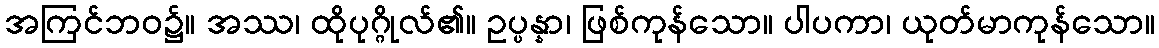
အကြင်ဘဝ၌။ အဿ၊ ထိုပုဂ္ဂိုလ်၏။ ဥပ္ပန္နာ၊ ဖြစ်ကုန်သော။ ပါပကာ၊ ယုတ်မာကုန်သော။